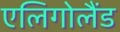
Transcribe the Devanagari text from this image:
एलिगोलैंड